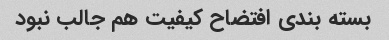
بسته بندی افتضاح کیفیت هم جالب نبود